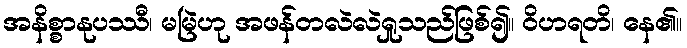
အနိစ္စာနုပဿီ၊ မမြဲဟု အဖန်တလဲလဲရှုသည်ဖြစ်၍။ ဝိဟရတိ၊ နေ၏။